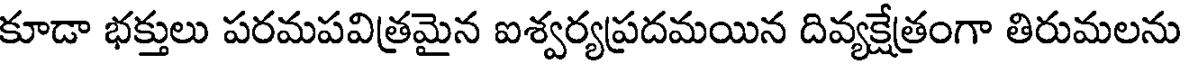
కూడా భక్తులు పరమపవిత్రమైన ఐశ్వర్యప్రదమయిన దివ్యక్షేత్రంగా తిరుమలను